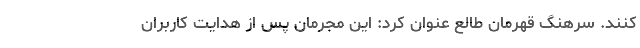
کنند. سرهنگ قهرمان طالع عنوان کرد: این مجرمان پس از هدایت کاربران